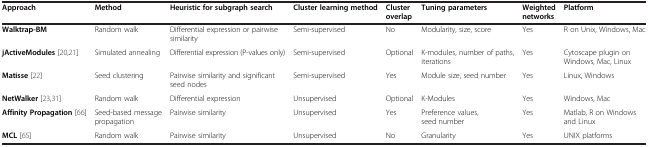
| Approach | Method | Heuristic for subgraph search | Cluster learning method | Cluster overlap | Tuning parameters | Weighted networks | Platform |
 | --- | --- | --- | --- | --- | --- | --- | --- |
 | Walktrap-BM | Random walk | Differential expression or pairwise similarity | Semi-supervised | No | Modularity, size, score | Yes | R on Unix, Windows, Mac |
 | jActiveModules[20,21] | Simulated annealing | Differential expression (P-values only) | Semi-supervised | Optional | K-modules, number of paths, iterations | Yes | Cytoscape plugin on Windows, Mac, Linux |
 | Matisse[22] | Seed clustering | Pairwise similarity and significant seed nodes | Semi-supervised | Yes | Module size, seed number | Yes | Linux, Windows |
 | NetWalker[23,31] | Random walk | Differential expression | Unsupervised | Optional | K-Modules | Yes | Windows, Mac |
 | Affinity Propagation[66] | Seed-based message propagation | Pairwise similarity | Unsupervised | Yes | Preference values, seed number | Yes | Matlab, R on Windows and Linux |
 | MCL[65] | Random walk | Pairwise similarity | Unsupervised | No | Granularity | Yes | UNIX platforms |